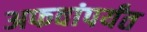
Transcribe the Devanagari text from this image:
अफवांपर्यंत